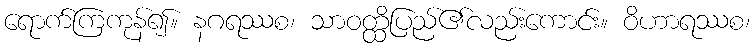
ရောက်ကြကုန်၍။ နဂရဿစ၊ သာဝတ္ထိပြည်၏လည်းကောင်း။ ဝိဟာရဿစ၊